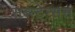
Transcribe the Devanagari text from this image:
सब्स्टेन्सस